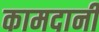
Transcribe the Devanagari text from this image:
कामदानी